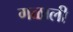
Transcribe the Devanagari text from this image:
गळाली